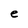
Character: e